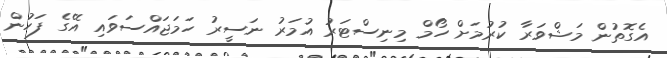
އެގޮތުން މަޝްވަރާ ކުރުމަށް ހޯމް މިނިސްޓަރު އުމަރު ނަސީރު ހަމަޖައްސަވައި އޭގެ ފަހުން